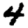
Digit: 4